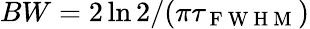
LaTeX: BW=2\ln 2/(\pi\tau_{\mathrm{~F~W~H~M~}})